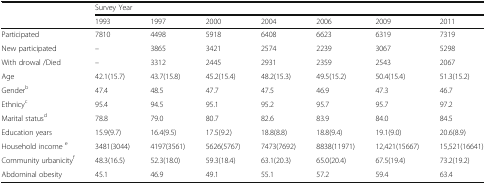
| <ROWSPAN=2>  | <COLSPAN=7> Survey Year |
 | 1993 | 1997 | 2000 | 2004 | 2006 | 2009 | 2011 |
 | --- | --- | --- | --- | --- | --- | --- | --- |
 | Participated | 7810 | 4498 | 5918 | 6408 | 6623 | 6319 | 7319 |
 | New participated | – | 3865 | 3421 | 2574 | 2239 | 3067 | 5298 |
 | With drowal /Died | – | 3312 | 2445 | 2931 | 2359 | 2543 | 2067 |
 | Age | 42.1(15.7) | 43.7(15.8) | 45.2(15.4) | 48.2(15.3) | 49.5(15.2) | 50.4(15.4) | 51.3(15.2) |
 | Genderb | 47.4 | 48.5 | 47.7 | 47.5 | 46.9 | 47.3 | 46.7 |
 | Ethnicyc | 95.4 | 94.5 | 95.1 | 95.2 | 95.7 | 95.7 | 97.2 |
 | Marital statusd | 78.8 | 79.0 | 80.7 | 82.6 | 83.9 | 84.0 | 84.5 |
 | Education years | 15.9(9.7) | 16.4(9.5) | 17.5(9.2) | 18.8(8.8) | 18.8(9.4) | 19.1(9.0) | 20.6(8.9) |
 | Household income e | 3481(3044) | 4197(3561) | 5626(5767) | 7473(7692) | 8838(11971) | 12,421(15667) | 15,521(16641) |
 | Community urbanicityf | 48.3(16.5) | 52.3(18.0) | 59.3(18.4) | 63.1(20.3) | 65.0(20.4) | 67.5(19.4) | 73.2(19.2) |
 | Abdominal obesity | 45.1 | 46.9 | 49.1 | 55.1 | 57.2 | 59.4 | 63.4 |